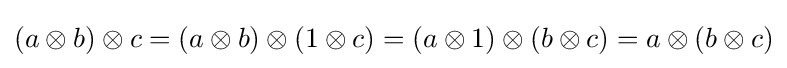
(a\otimes b)\otimes c=(a\otimes b)\otimes (1\otimes c)=(a\otimes 1)\otimes (b\otimes c)=a\otimes (b\otimes c)